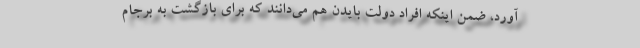
آورد، ضمن اینکه افراد دولت بایدن هم می‌دانند که برای بازگشت به برجام